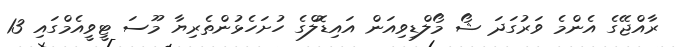
ރާއްޖޭގެ އެންމެ ވަރުގަދަ ޝޯ މޯލްޑިވިއަން އައިޑޮލްގެ ހުށަހެޅުންތެރިޔާ މޫސަ ޓީވީއެމްގައި 13